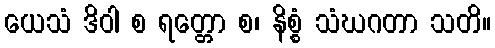
ယေသံ ဒိဝါ စ ရတ္တော စ၊ နိစ္စံ သံဃဂတာ သတိ။